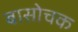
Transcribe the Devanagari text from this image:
बासोचक